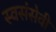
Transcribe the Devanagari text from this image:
स्वसंसेवी